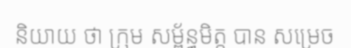
និយាយ ថា ក្រុម សម្ព័ន្ធមិត្ត បាន សម្រេច